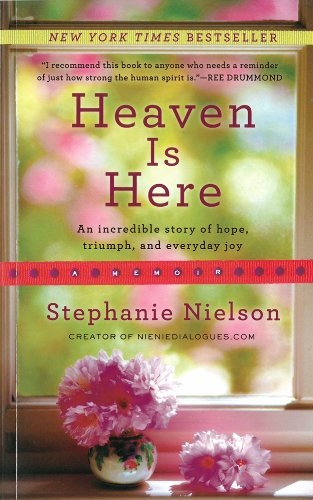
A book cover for Heaven Is Here: An Incredible Story of Hope, Triumph, and Everyday Joy; Stephanie Nielson; Christian Books & Bibles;